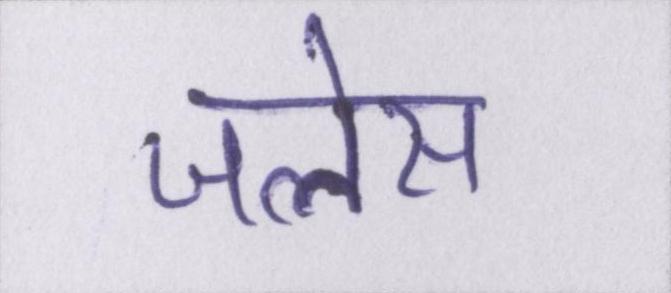
जलेस